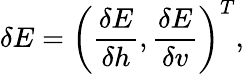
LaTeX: \delta E=\left(\frac{\delta E}{\delta h},\frac{\delta E}{\delta v}\right)^{T},